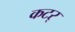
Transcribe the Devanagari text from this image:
कटर्‌